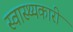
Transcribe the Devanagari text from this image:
स्वास्थ्यकारी